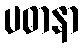
ပဓာနာ